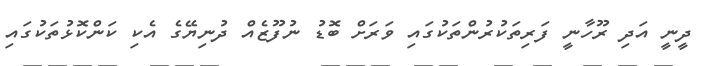
ދީނީ އަދި ރޫހާނީ ފަރިތަކުރުންތަކުގައި ވަރަށް ބޮޑު ނުފޫޒެއް ދުނިޔޭގެ އެކި ކަންކޮޅުތަކުގައި